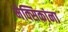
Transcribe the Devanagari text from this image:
मेक्सिकांना